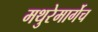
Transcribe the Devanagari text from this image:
मथुरेमार्गेच